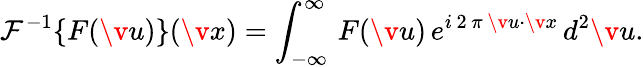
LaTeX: {{\mathcal{F}^{-1}\{ F(\v u)\} }}(\v x)=\int_{-\infty}^{\infty}\, F(\v u)\, e^{i\, 2\, \pi\, \v u\cdot\v x}\, d^{2}\v u.